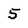
Character: 5